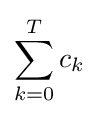
\sum _{k=0}^{T}c_{k}